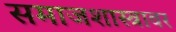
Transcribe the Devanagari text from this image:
समाजशास्त्रावर